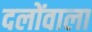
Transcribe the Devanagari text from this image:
दलोंवाला